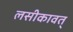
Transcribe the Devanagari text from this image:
लसीकावत्